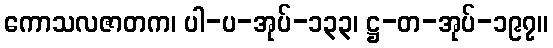
ကောသလဇာတက၊ ပါ-ပ-အုပ်-၁၃၃၊ ဋ္ဌ-တ-အုပ်-၁၉၇။